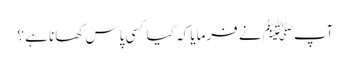
آپﷺ نے فرمایا کہ کیا کسی پاس کھانا ہے ؟